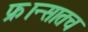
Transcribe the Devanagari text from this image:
फ्रान्सातच